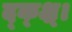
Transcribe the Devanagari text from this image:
द्क्क्ष्।